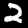
Digit: 2